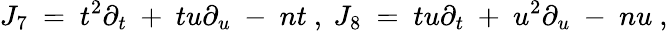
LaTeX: J_{7}\ =\ t^{2}\partial_{t}\ +\ tu\partial_{u}\ -\ nt\ ,\ J_{8}\ =\ tu\partial_{t}\ +\ u^{2}\partial_{u}\ -\ nu\ ,